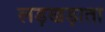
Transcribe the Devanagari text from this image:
लड़खड़ाता